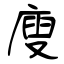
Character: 廋